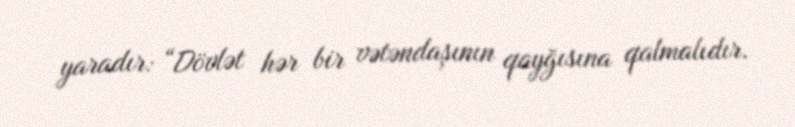
yaradır: “Dövlət hər bir vətəndaşının qayğısına qalmalıdır.